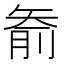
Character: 𱳟